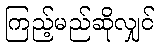
ကြည့်မည်ဆိုလျှင်